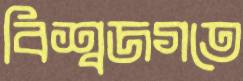
বিশ্বজগতে